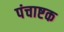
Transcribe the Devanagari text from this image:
पंचाष्टक